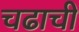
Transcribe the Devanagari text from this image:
चढाची